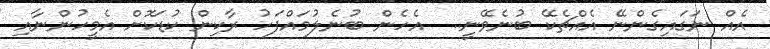
އެއް ނަގައިގެންނޭ އެއްޗެކޭ ބުނެވޭނީ..  އެހެން ބުނެލުމައްފަހު ރާކިން ކުޑަކޮށް އެމީހުންނާއި